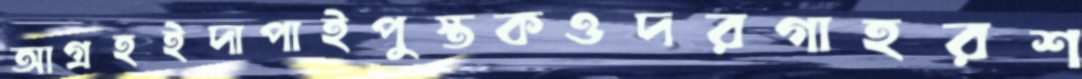
আগ্রহইদাপাইপুস্তকওদরগাহরশ